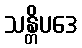
သန္တိပဒေ